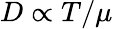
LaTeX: D\propto T/\mu